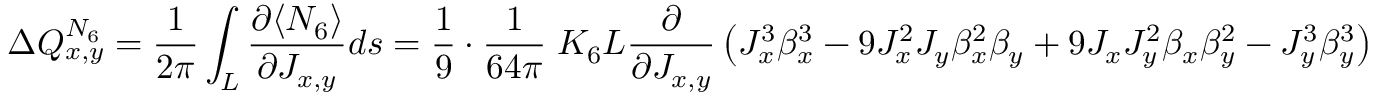
\Delta Q _ { x , y } ^ { N _ { 6 } } = \frac { 1 } { 2 \pi } \int _ { L } \frac { \partial \langle N _ { 6 } \rangle } { \partial J _ { x , y } } d s = \frac { 1 } { 9 } \cdot \frac { 1 } { 6 4 \pi } \; K _ { 6 } L \frac { \partial } { \partial J _ { x , y } } \left( J _ { x } ^ { 3 } \beta _ { x } ^ { 3 } - 9 J _ { x } ^ { 2 } J _ { y } \beta _ { x } ^ { 2 } \beta _ { y } + 9 J _ { x } J _ { y } ^ { 2 } \beta _ { x } \beta _ { y } ^ { 2 } - J _ { y } ^ { 3 } \beta _ { y } ^ { 3 } \right)